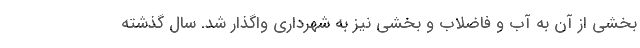
بخشی از آن به آب و فاضلاب و بخشی نیز به شهرداری واگذار شد. سال گذشته